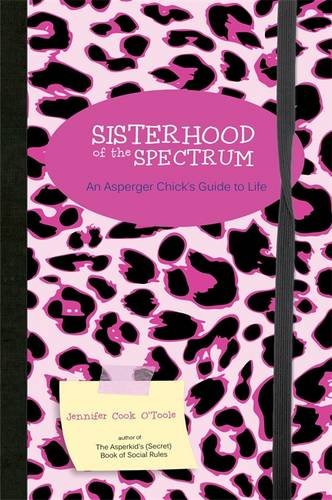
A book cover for Sisterhood of the Spectrum: An Asperger Chick's Guide to Life; Jennifer Cook O'Toole; Teen & Young Adult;